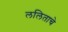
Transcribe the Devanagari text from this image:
ललिताचे